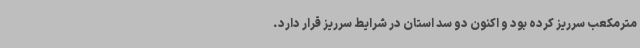
مترمکعب سرریز کرده بود و اکنون دو سد استان در شرایط سرریز قرار دارد.